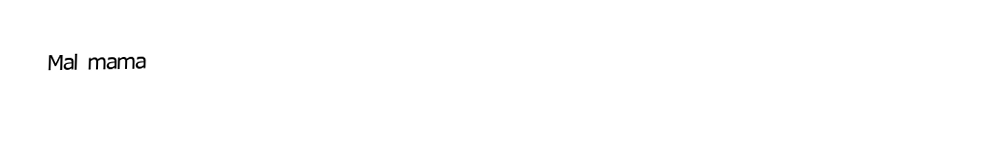
Mal mama